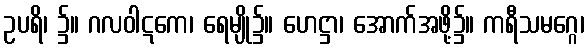
ဥပရိ၊ ၌။ ဂလဝါဋကေ၊ ရေမျို၌။ ဟေဋ္ဌာ၊ အောက်အဖို့၌။ ကရီသမဂ္ဂေ၊